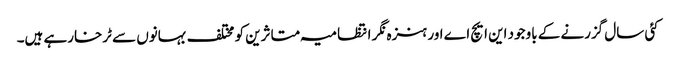
کئی سال گزرنے کے باوجود این ایچ اے اور ہنزہ نگر انتظامیہ متاثرین کو مختلف بہانوں سے ٹرخارہے ہیں۔